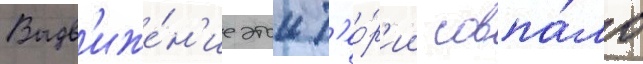
Выдв'иже́н'ие этои т'ео́р'ии совпа́ло